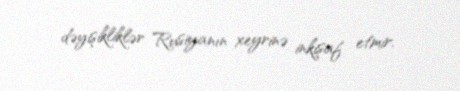
dəyişikliklər Rusiyanın xeyrinə inkişaf etmir.